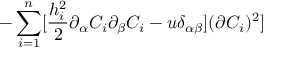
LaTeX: - \sum _ { i = 1 } ^ { n } [ \frac { h _ { i } ^ { 2 } } { 2 } \partial _ { \alpha } C _ { i } \partial _ { \beta } C _ { i } - u \delta _ { \alpha \beta } ] ( \partial C _ { i } ) ^ { 2 } ]